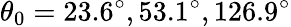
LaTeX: \theta_{0}=23.6^{\circ},53.1^{\circ},126.9^{\circ}